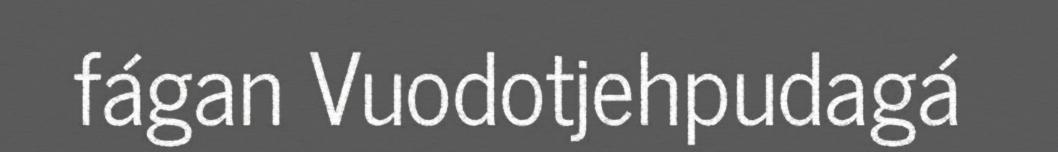
fágan Vuodotjehpudagá